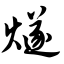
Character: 燧